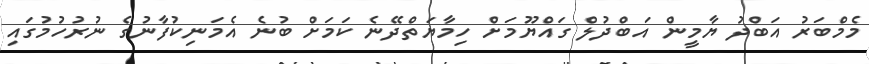
މެމްބަރު އަބްދު ޔާމީން އަބްދުލް ގައްޔޫމަށް ހިމާޔަތްދޭނެ ކަމަށް ބުނެ އެމަނިކުފާނުގެ ނުރުހުމުގައި